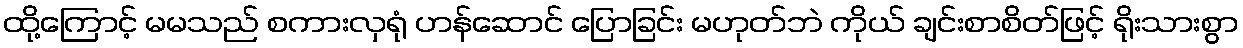
ထို့ကြောင့် မမသည် စကားလှရုံ ဟန်ဆောင် ပြောခြင်း မဟုတ်ဘဲ ကိုယ် ချင်းစာစိတ်ဖြင့် ရိုးသားစွာ